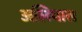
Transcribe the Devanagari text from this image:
अलियास